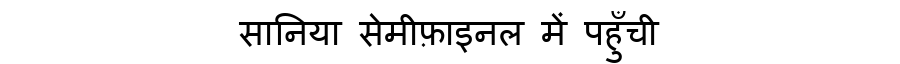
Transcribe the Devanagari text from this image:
सानिया सेमीफ़ाइनल में पहुँची